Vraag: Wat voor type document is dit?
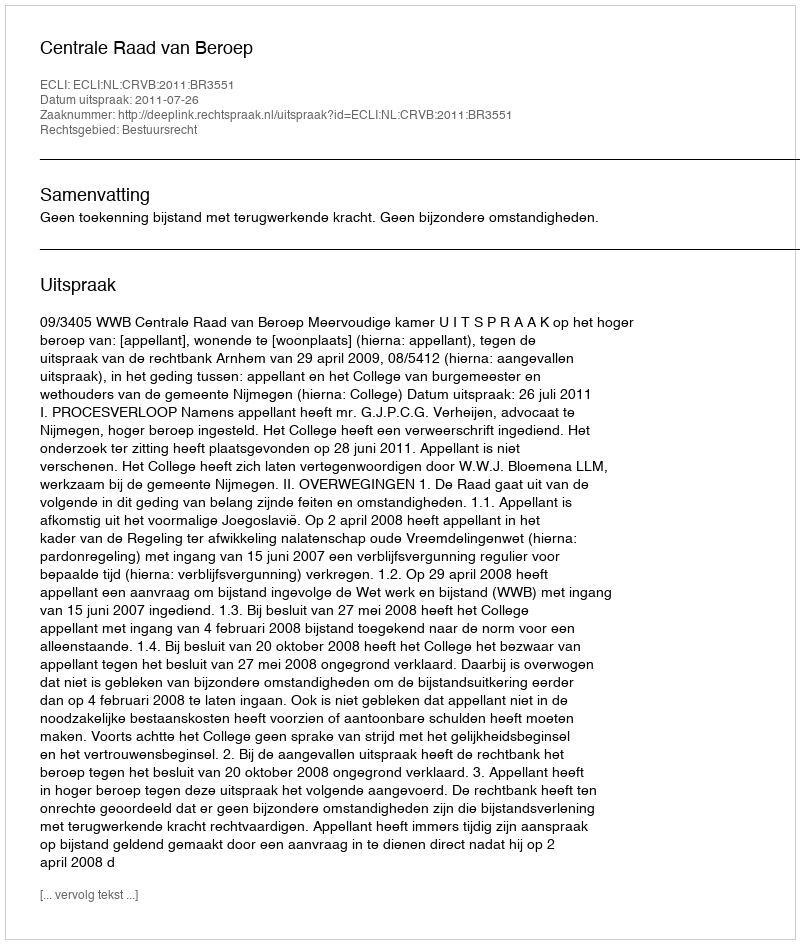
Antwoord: Uitspraak